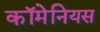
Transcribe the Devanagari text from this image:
कॉमेनियस